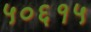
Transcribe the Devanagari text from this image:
५०६१५